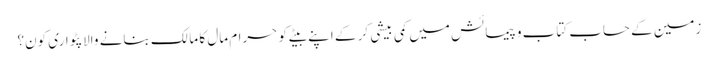
زمین کے حساب کتاب و پیمائش میں کمی بیشی کر کے اپنے بیٹے کو حرام مال کا مالک بنانے والا پٹواری کون؟